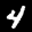
Label: 4